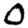
Digit: 0